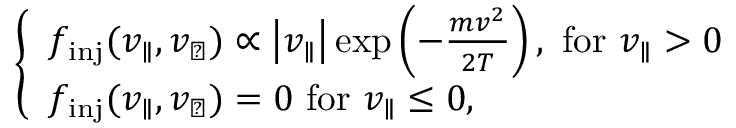
\begin{array} { r } { \left\{ \begin{array} { l l } { f _ { \mathrm { i n j } } ( v _ { \parallel } , v _ { \perp } ) \propto \left| v _ { \parallel } \right| \exp \left( - \frac { m v ^ { 2 } } { 2 T } \right) , \, \, \mathrm { f o r } \, \, v _ { \parallel } > 0 } \\ { f _ { \mathrm { i n j } } ( v _ { \parallel } , v _ { \perp } ) = 0 \, \, \mathrm { f o r } \, \, v _ { \parallel } \le 0 , } \end{array} \right. } \end{array}